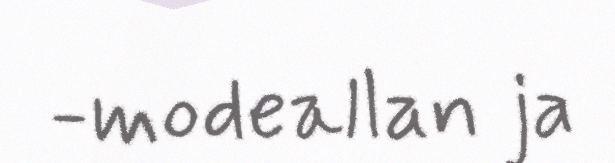
-modeallan ja